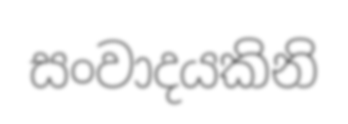
සංවාදයකිනි